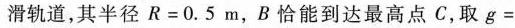
滑轨道，其半径$$R = 0.5 m$$，B 恰能到达最高点 C，取$$g =$$